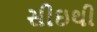
સીઇથી